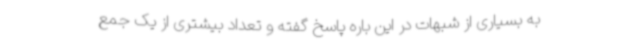
به بسیاری از شبهات در این باره پاسخ گفته و تعداد بیشتری از یک جمع